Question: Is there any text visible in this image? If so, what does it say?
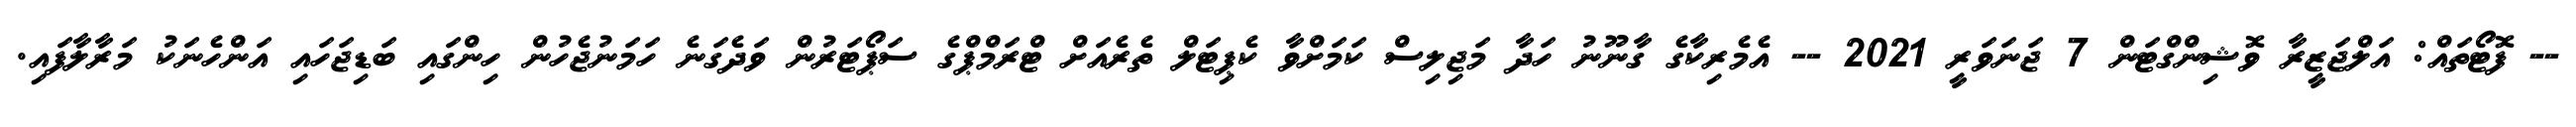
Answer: -- ފޮޓޯތައް: އަލްޖަޒީރާ ވޮޝިންގްޓަން 7 ޖަނަވަރީ 2021 -- އެމެރިކާގެ ގާނޫނު ހަދާ މަޖިލިސް ކަމަށްވާ ކެޕިޓަލް ތެރެއަށް ޓްރަމްޕްގެ ސަޕޯޓަރުން ވަދެގަނެ ހަމަނުޖެހުން ހިންގައި ބަޑިޖަހައި އަންހެނަކު މަރާލާފައި.